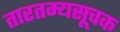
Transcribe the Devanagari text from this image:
तारतम्यसूचक